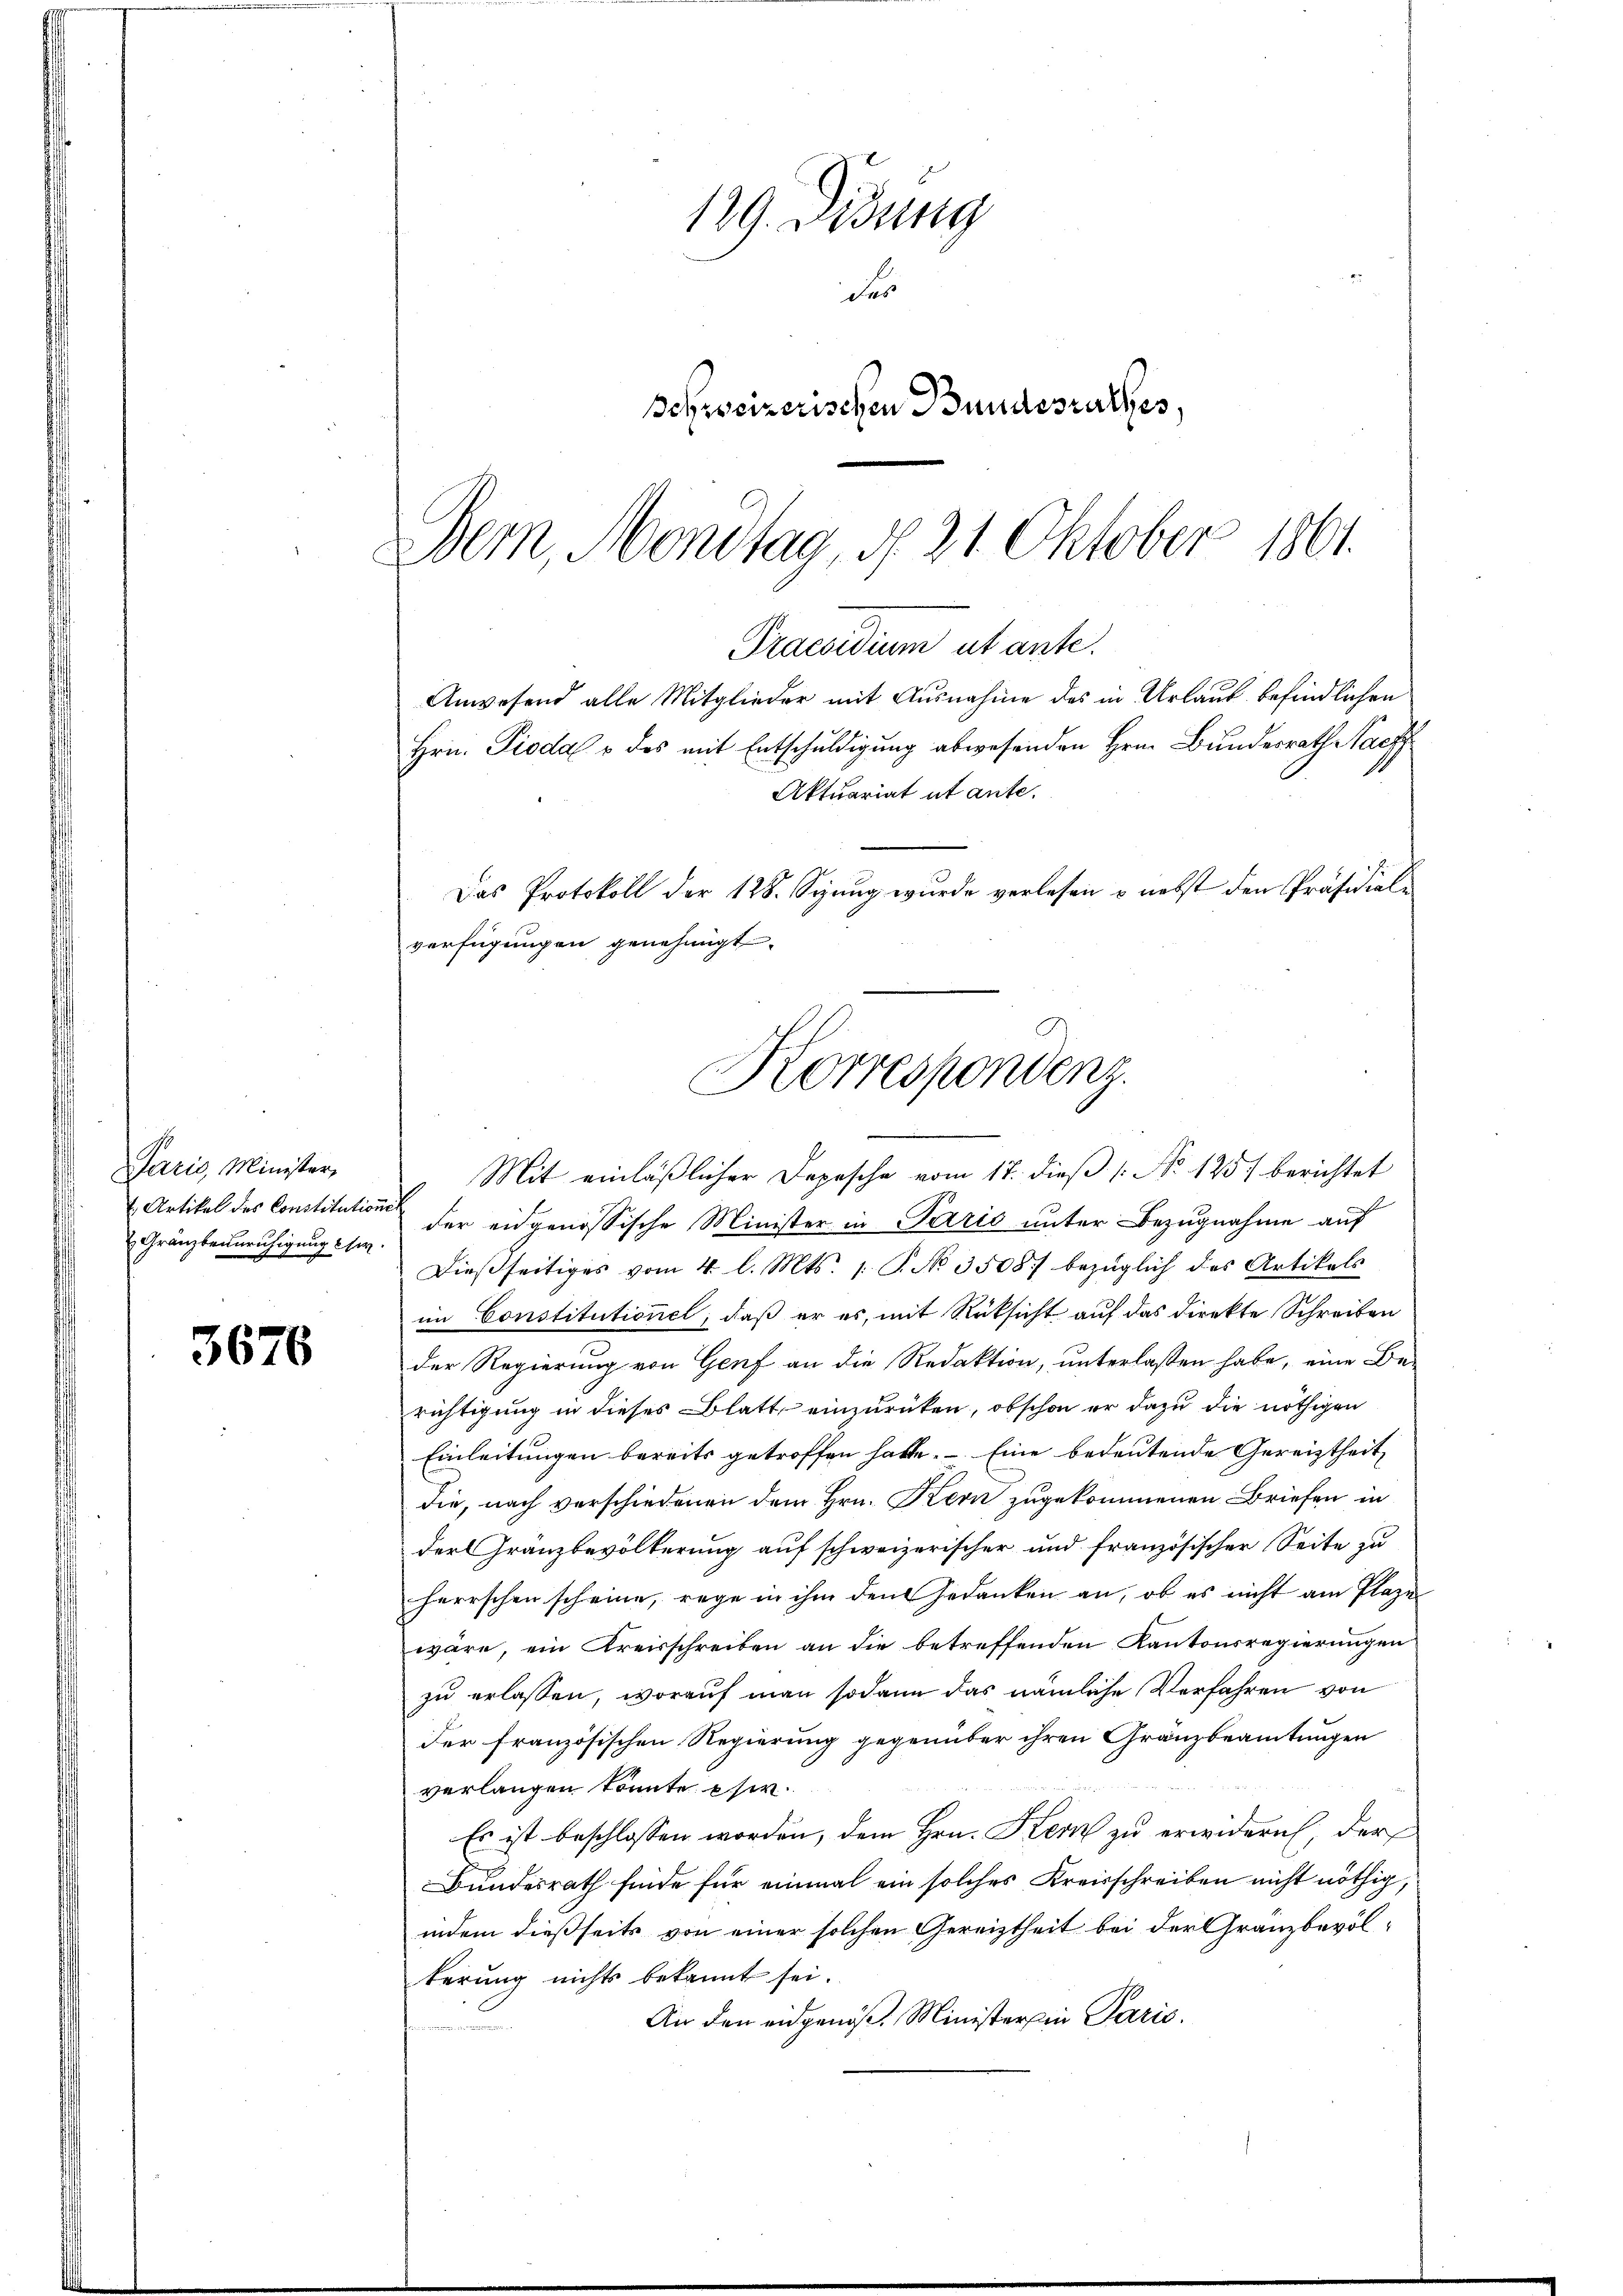
3676

Paris, Minister,
 Artikel des Constitutio
Gränzbeunruhigung ihr

129. Didung
des
Schweizerischen Bundesrathes,
Dem Montag, d. 21 Oktober 1861.

Praesidium ut ante.
Anwesend alle Mitglieder mit Ausnahme des in Urlaub befindlichen
Hrn. Pioda o des mit Entschuldigung abwesenden Hrn. Bundesrath Nachf
Aktuariat ut ante.
Das Protokoll der 128. Sizung wurde verlesen & nebst den Präsidialverfügungen genehmigt.
Korrespondenz.
Mit einläßlicher Depesche vom 17. dieß (: No 1257 berichtet

der eidgenössische Minister in Paris unter Bezugnahme auf
dießseitiges vom 4. l. Mts. 1. P. No. 3508/ bezüglich des Artikels
im Constitutionel, daß er es, mit Rücksicht auf das direkte Schreiben
der Regierung von Genf an die Redaktion, unterlassen habe, eine Be-
richtigung in dieses Blatt einzurücken, obschon er dazu die nöthigen
Einleitungen bereits getroffen hatte. Eine bedeutende Gereiztheit,
die, nach verschiedenen dem Hrn. Kern zugekommenen Briefen in
derGranzbevölkerung auf schweizerischer und französischer Seite zu
herrschen scheine, rege in ihm den Gedanken an, ob es nicht am Plazen
wäre, ein Kreisschreiben an die betreffenden Kantonsregierungen
zu erlassen, worauf man sodann das nämliche Verfahren von
der französischen Regierung gegenüber ihren Gränzbeamtungen
verlangen könnte phi
Es ist beschlossen worden, dem Hrn. Kern zu erwidern, der
Bundesrath finde für einmal ein solches Kreisschreiben nicht nöthig,
indem dießseits von einer solchen Gereiztheit bei der Granzbevölterung nichts bekannt sei.
An den eidgenöß. Minister in Paris.